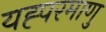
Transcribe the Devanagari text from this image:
यह्परमाणु